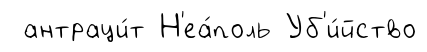
антраци́т Н'еа́поль Уб'и́йство